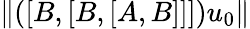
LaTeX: \| ([B,[B,[A,B]]])u_{0}\|